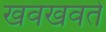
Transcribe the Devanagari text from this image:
खवखवते